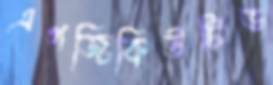
এগজিকিউটিভ